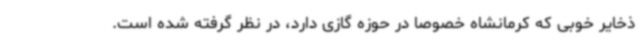
ذخایر خوبی که کرمانشاه خصوصا در حوزه گازی دارد، در نظر گرفته شده است.